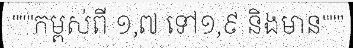
"""កម្ពស់ពី ១,៧ ទៅ១,៩ និងមាន"""